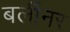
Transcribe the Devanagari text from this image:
बर्लीनर